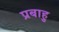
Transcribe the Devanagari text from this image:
प्रबाहु